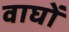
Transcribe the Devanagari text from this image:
वाघों